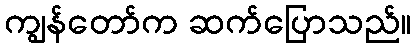
ကျွန်တော်က ဆက်ပြောသည်။